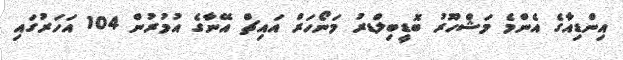
އިންޑިއާގެ އެންމެ މަޝްހޫރު ބޮޑީބިލްޑރު މަނޯހަރް އައިޗް އޭނާގެ އުމުރުން 104 އަހަރުގައި